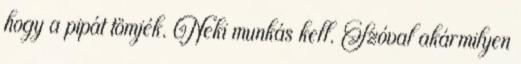
hogy a pipát tömjék. Neki munkás kell. Szóval akármilyen